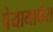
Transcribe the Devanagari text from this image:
पेयामार्फत